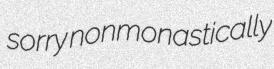
sorry nonmonastically